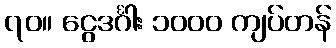
၇၀။ ငွေဒင်္ဂါး ၁၀၀၀ ကျပ်တန်